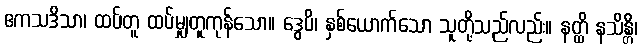
ဧကသဒိသာ၊ ထပ်တူ ထပ်မျှတူကုန်သော။ ဒွေပိ၊ နှစ်ယောက်သော သူတို့သည်လည်း။ နတ္ထိ နသိန္တိ၊